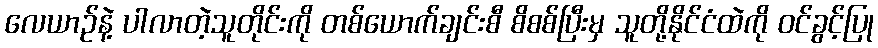
လေယာဉ်နဲ့ ပါလာတဲ့သူတိုင်းကို တစ်ယောက်ချင်းစီ စိစစ်ပြီးမှ သူတို့နိုင်ငံထဲကို ဝင်ခွင့်ပြု